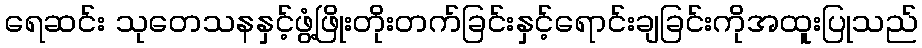
ရေဆင်း သုတေသနနှင့်ဖွံ့ဖြိုးတိုးတက်ခြင်းနှင့်ရောင်းချခြင်းကိုအထူးပြုသည်